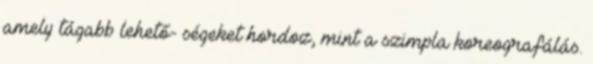
amely tágabb lehető- ségeket hordoz, mint a szimpla koreografálás.